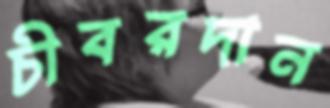
চীবরদান